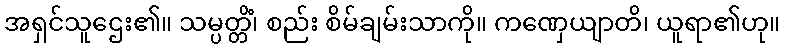
အရှင်သူဌေး၏။ သမ္ပတ္တိံ၊ စည်း စိမ်ချမ်းသာကို။ ကဏှေယျာတိ၊ ယူရာ၏ဟု။